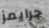
جرايمز